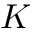
K